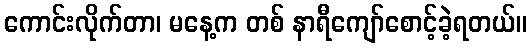
ကောင်းလိုက်တာ၊ မနေ့က တစ် နာရီကျော်စောင့်ခဲ့ရတယ်။